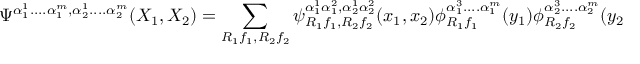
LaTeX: \Psi ^ { \alpha _ { 1 } ^ { 1 } . . . . \alpha _ { 1 } ^ { m } , \alpha _ { 2 } ^ { 1 } . . . . \alpha _ { 2 } ^ { m } } ( X _ { 1 } , X _ { 2 } ) = \sum _ { R _ { 1 } f _ { 1 } , R _ { 2 } f _ { 2 } } \psi _ { R _ { 1 } f _ { 1 } , R _ { 2 } f _ { 2 } } ^ { \alpha _ { 1 } ^ { 1 } \alpha _ { 1 } ^ { 2 } , \alpha _ { 2 } ^ { 1 } \alpha _ { 2 } ^ { 2 } } ( x _ { 1 } , x _ { 2 } ) \phi _ { R _ { 1 } f _ { 1 } } ^ { \alpha _ { 1 } ^ { 3 } . . . . \alpha _ { 1 } ^ { m } } ( y _ { 1 } ) \phi _ { R _ { 2 } f _ { 2 } } ^ { \alpha _ { 2 } ^ { 3 } . . . . \alpha _ { 2 } ^ { m } } ( y _ { 2 } ) .